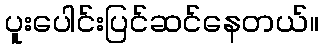
ပူးပေါင်းပြင်ဆင်နေတယ်။